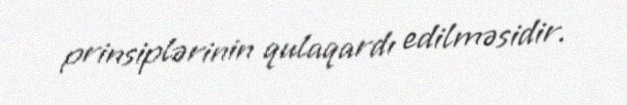
prinsiplərinin qulaqardı edilməsidir.